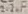
Text: 2.2µF